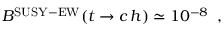
B ^ { \mathrm { S U S Y - E W } } ( { t \rightarrow c \, h } ) \simeq 1 0 ^ { - 8 } \, \, \, ,